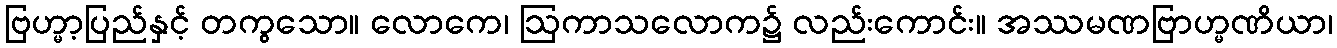
ဗြဟ္မာ့ပြည်နှင့် တကွသော။ လောကေ၊ ဩကာသလောက၌ လည်းကောင်း။ အဿမဏဗြာဟ္မဏိယာ၊